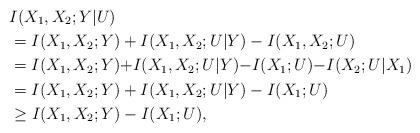
LaTeX: \begin{align*} & I(X_1,X_2;Y|U)\\ & = I(X_1,X_2;Y) + I(X_1,X_2;U|Y) - I(X_1,X_2;U)\\ & = I(X_1,X_2;Y) {+} I(X_1,X_2;U|Y) {-} I(X_1;U) {-}I(X_2;U|X_1)\\ & = I(X_1,X_2;Y) + I(X_1,X_2;U|Y) - I(X_1;U)\\ & \geq I(X_1 ,X_2;Y) - I(X_1;U), \end{align*}